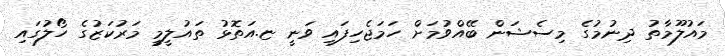
މައުލޫމާތު ދިނުމުގެ މިސެޝަން ބޭއްވުމަށް ހަމަޖެހިފައި ވަނީ ޏ.އަތޮޅު ތައުލީމީ މަރުކަޒުގެ ހޯލުގައި